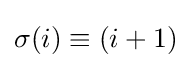
\sigma (i)\equiv (i+1)